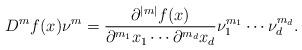
LaTeX: \begin{align*}D^{m}f(x)\nu^{m} = \frac{\partial ^{|m|}f(x)}{\partial ^{m_{1}}x_{1} \cdots\partial ^{m_{d}}x_{d}}\nu_{1}^{m_{1}} \cdots \nu_{d}^{m_{d}}. \end{align*}